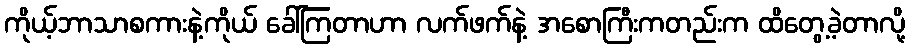
ကိုယ့်ဘာသာစကားနဲ့ကိုယ် ခေါ်ကြတာဟာ လက်ဖက်နဲ့ အစောကြီးကတည်းက ထိတွေ့ခဲ့တာလို့